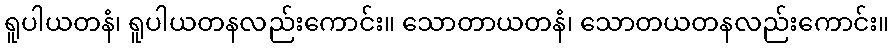
ရူပါယတနံ၊ ရူပါယတနလည်းကောင်း။ သောတာယတနံ၊ သောတယတနလည်းကောင်း။